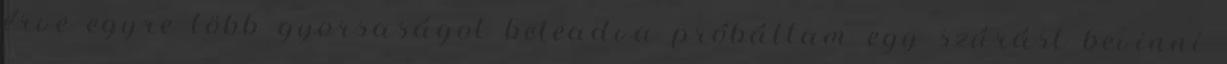
érve egyre több gyorsaságot beleadva próbáltam egy szúrást bevinni